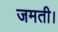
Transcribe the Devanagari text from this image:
जमती।